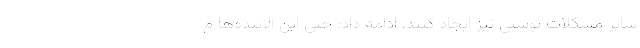
سایر مشکلات پوستی نیز ایجاد کنند، ادامه داد: حتی این آلاینده‌ها م